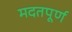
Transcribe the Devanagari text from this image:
मदतपूर्ण